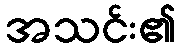
အသင်း၏